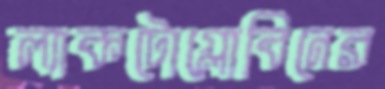
ল্যাকটোগ্লোবিনের